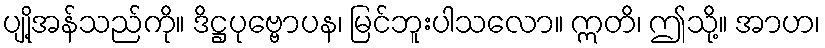
ပျို့အန်သည်ကို။ ဒိဋ္ဌပုဗ္ဗောပန၊ မြင်ဘူးပါသလော။ ဣတိ၊ ဤသို့။ အာဟ၊